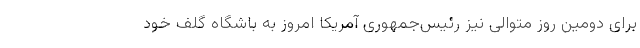
برای دومین روز متوالی نیز رئیس‌جمهوری آمریکا امروز به باشگاه گلف خود